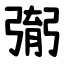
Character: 㣃